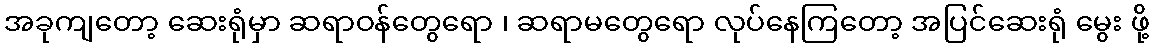
အခုကျတော့ ဆေးရုံမှာ ဆရာဝန်တွေရော ၊ ဆရာမတွေရော လုပ်နေကြတော့ အပြင်ဆေးရုံ မွေး ဖို့